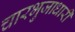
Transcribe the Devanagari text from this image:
चारभुजाधारी